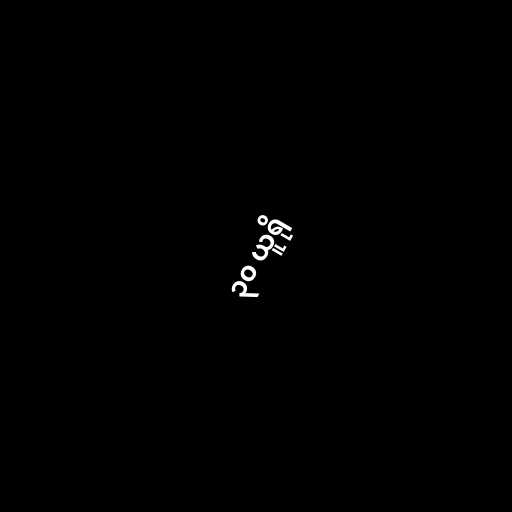
၃၀ ယူရို